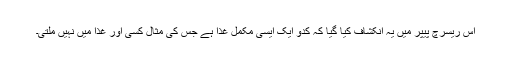
اس ریسرچ پیپر میں یہ انکشاف کیا گیا کہ کدّو ایک ایسی مکمل غذا ہے جس کی مثال کسی اور غذا میں نہیں ملتی۔